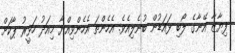
ފިޔާޒާ އޭނާގެ ލޯބި ޅައަޑުން ބުނެލިއެވެ. އެހެންތަ އެހެންވިއްޔާ މިއަދު ހަވީރު ޕާކަށް